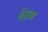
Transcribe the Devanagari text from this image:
दिड़बा